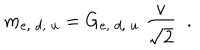
m _ { e , \; d , \; u } = G _ { e , \; d , \; u } \; \frac { v } { \sqrt { 2 } } \; \; .